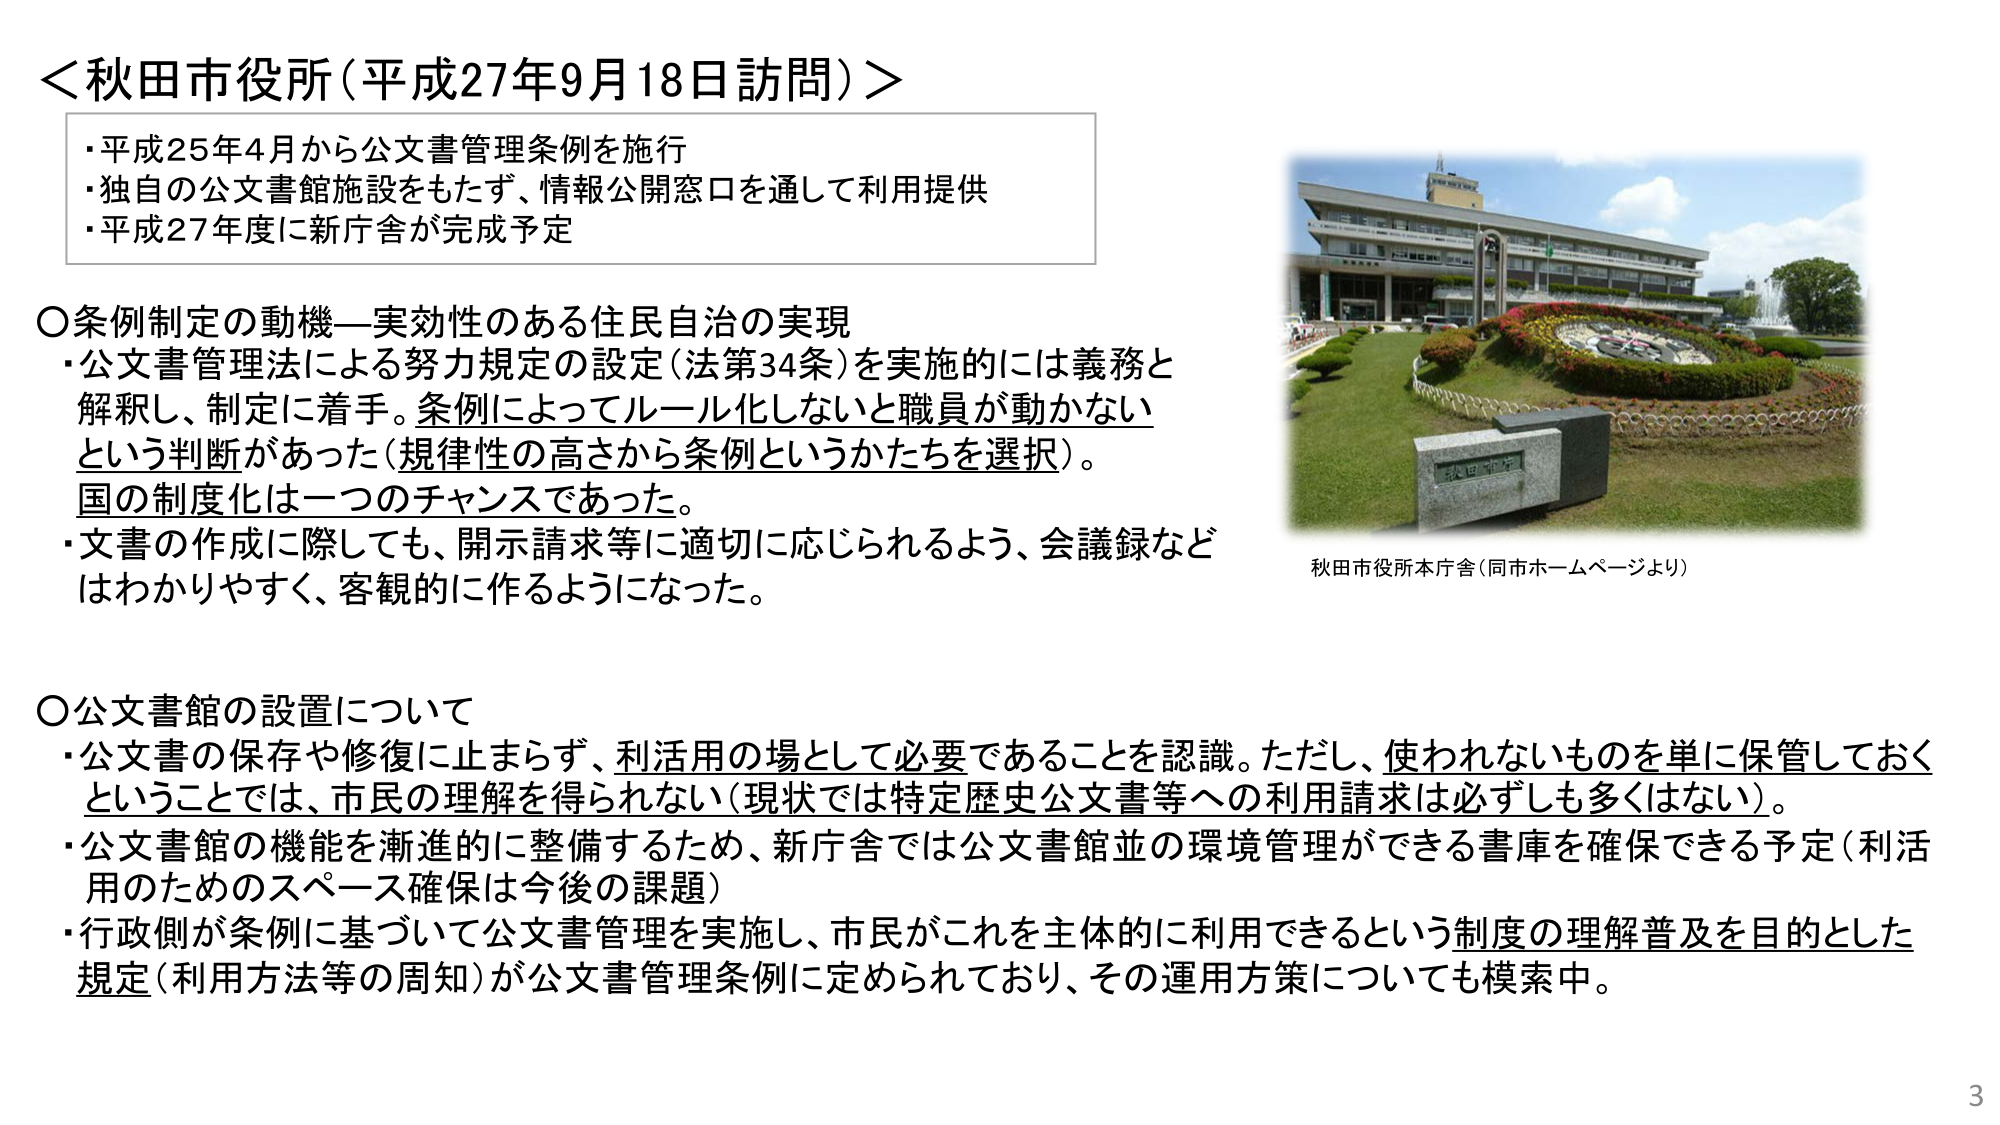
＜秋田市役所（平成27年9月18日訪問）＞
・平成25年4月から公文書管理条例を施行
・独自の公文書館施設をもたず、情報公開窓口を通じて利用提供
・平成27年度に新庁舎が完成予定

〇条例制定の動機—実効性のある住民自治の実現
・公文書管理法による努力規定の設定（法第34条）を実施的には義務と
解釈し、制定に着手。条例によってルール化しないと職員が動かない
という判断があった（規律性の高さから条例というかたちを選択）。
国の制度化は一つのチャンスであった。
・文書の作成に際しても、開示請求等に適切に応じられるよう、会議録など
はわかりやすく、客観的に作るようになった。

〇公文書館の設置について
・公文書の保存や修復に止まらず、利活用の場として必要であることを認識。ただし、使われないものを単に保管しておく
ということでは、市民の理解を得られない（現状では特定歴史公文書等への利用請求は必ずしも多くはない）。
・公文書館の機能を漸進的に整備するため、新庁舎では公文書館並の環境管理ができる書庫を確保できる予定（利活
用のためのスペース確保は今後の課題）
・行政側が条例に基づいて公文書管理を実施し、市民がこれを主体的に利用できるという制度の理解普及を目的とした
規定（利用方法等の周知）が公文書管理条例に定められており、その運用方策についても模索中。

秋田市役所本庁舎（同市ホームページより）

3